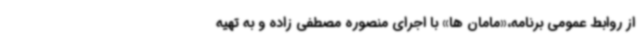
از روابط عمومی برنامه،«مامان ها» با اجرای منصوره مصطفی زاده و به تهیه